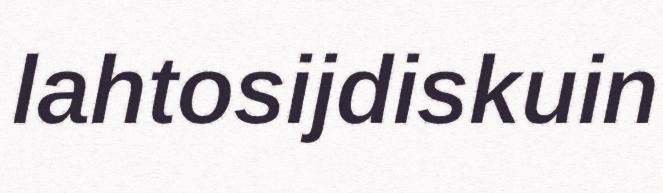
lahtosijdiskuin